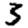
Digit: 3